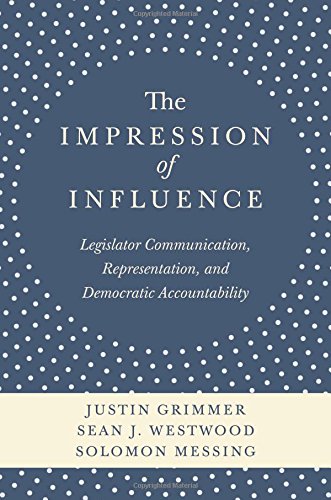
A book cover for The Impression of Influence: Legislator Communication, Representation, and Democratic Accountability; Justin Grimmer; Law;